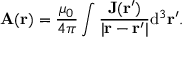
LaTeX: \mathbf { A } ( \mathbf { r } ) = { \frac { \mu _ { 0 } } { 4 \pi } } \int { { \frac { \mathbf { J ( \mathbf { r } ^ { \prime } ) } } { | \mathbf { r } - \mathbf { r } ^ { \prime } | } } \mathrm { d } ^ { 3 } \mathbf { r } ^ { \prime } } .